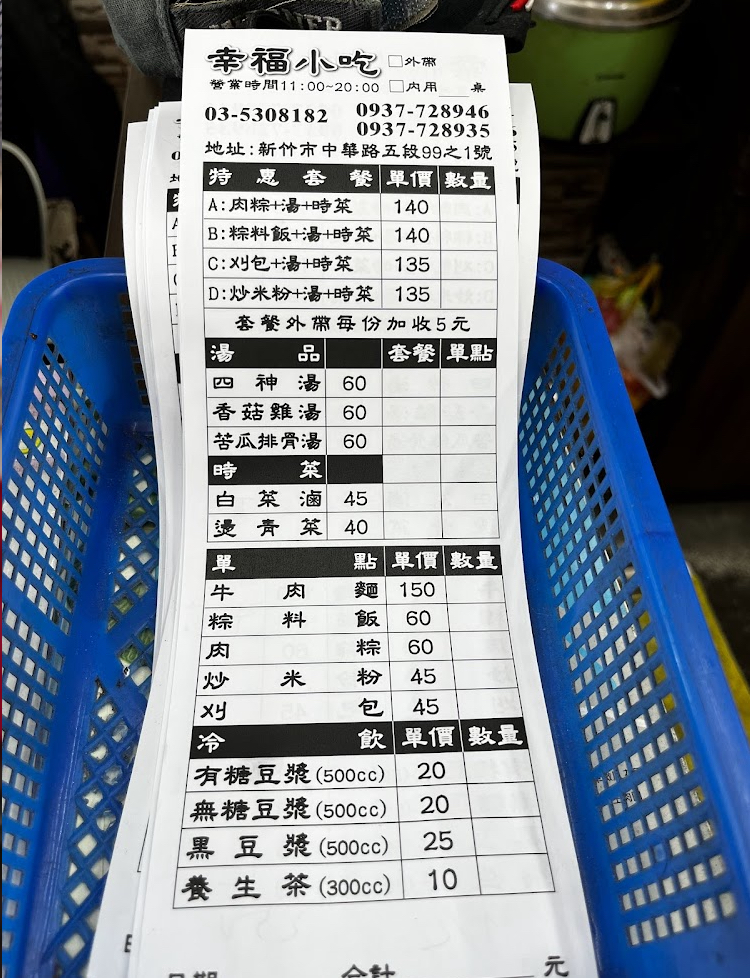
餐廳：幸福小吃
地址：新竹市中華路五段99之1號
電話：03-53081820937-7289460937-728935
營業時間：11:00~20:00
菜單：
name: A:肉粽+湯+時菜
price: 140
name: B:粽料飯+湯+時菜
price: 140
name: C:刈包+湯+時菜
price: 135
name: D:炒米粉+湯+時菜
price: 135
name: 四神湯
price: 60
name: 香菇雞湯
price: 60
name: 苦瓜排骨湯
price: 60
name: 白菜滷
price: 45
name: 燙青菜
price: 40
name: 牛肉麵
price: 150
name: 粽料飯
price: 60
name: 肉粽
price: 60
name: 炒米粉
price: 45
name: 刈包
price: 45
name: 有糖豆漿(500cc)
price: 20
name: 無糖豆漿(500cc)
price: 20
name: 黑豆漿(500cc)
price: 25
name: 養生茶(300cc)
price: 10